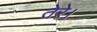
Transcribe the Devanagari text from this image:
तेरे।